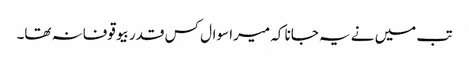
تب میں نے یہ جانا کہ میرا سوال کس قدر بیوقوفانہ تھا۔